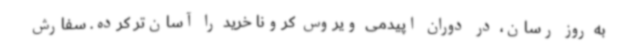
به‌ روز رسان، در دوران اپیدمی ویروس کرونا خرید را آسان‌تر کرده. سفارش